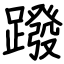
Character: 蹳